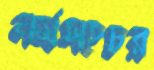
নর্মসহচর